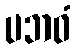
ပဘဝံ